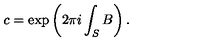
c = \exp \left( 2 \pi i \int _ { S } B \right) .